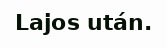
Lajos után.